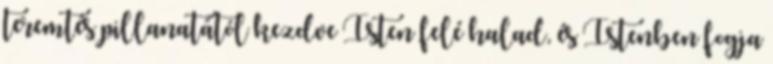
teremtés pillanatától kezdve Isten felé halad, és Istenben fogja